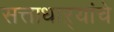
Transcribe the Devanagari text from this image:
सत्ताधाऱ्यांचे